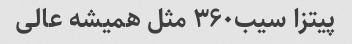
پیتزا سیب۳۶۰ مثل همیشه عالی